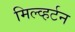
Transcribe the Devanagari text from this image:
मिल्व्हर्टन